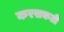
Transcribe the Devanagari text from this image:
करसकती